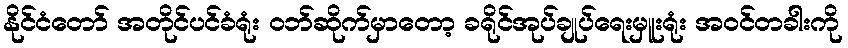
နိုင်ငံတော် အတိုင်ပင်ခံရုံး ဝဘ်ဆိုက်မှာတော့ ခရိုင်အုပ်ချုပ်ရေးမှူးရုံး အဝင်တခါးကို